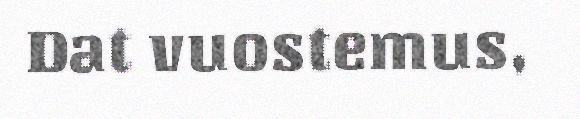
Dat vuostemus,